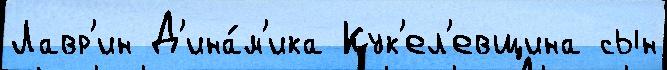
Лавр'ин Д'ина́м'ика Кук'ел'евщина сын